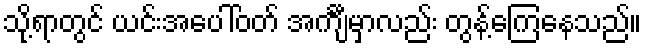
သို့ရာတွင် ယင်းအပေါ်ဝတ် အင်္ကျီမှာလည်း တွန့်ကြေနေသည်။